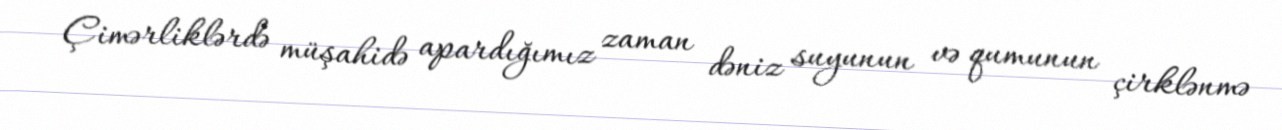
Çimərliklərdə müşahidə apardığımız zaman dəniz suyunun və qumunun çirklənmə